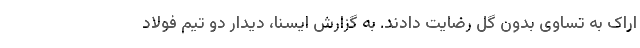
اراک به تساوی بدون گل رضایت دادند. به گزارش ایسنا، دیدار دو تیم فولاد